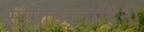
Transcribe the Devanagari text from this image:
साम्राज्यवाहिनी